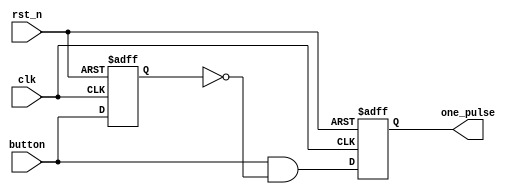
`timescale 1ns / 1ps
//////////////////////////////////////////////////////////////////////////////////
// Company: 
// Engineer: 
// 
// Design Name: 
// Module Name: one_pulse
// Project Name: 
// Target Devices: 
// Tool Versions: 
// Description: 
// 
// Dependencies: 
// 
// Revision:
// Revision 0.01 - File Created
// Additional Comments:
// 
//////////////////////////////////////////////////////////////////////////////////


module one_pulse(
    output reg one_pulse,
    input button,
    input clk,
    input rst_n
    );
    
    reg button_delay;
    wire one_pulse_next;
    
    always @(posedge clk or negedge rst_n)
    begin
        if(rst_n == 1'b0)
        begin
            one_pulse <= 1'b0;
            button_delay <= 1'b0;
        end
        else
        begin
            one_pulse <= one_pulse_next;
            button_delay <= button;
        end
    end
    
    assign one_pulse_next = button & ~button_delay;
    
endmodule